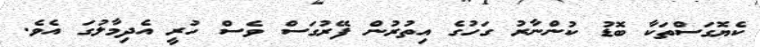
ކެޔޮގަސްތަކާ ބޮޑު ކުންނާރު ގަހުގެ އިތުރުން ފޭރުގަސް ވެސް ހުރީ އެދިމާލުގަ އެވެ.